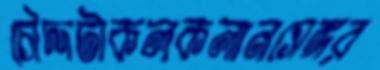
চৌদ্দটাকলকলানসেঙ্গর